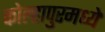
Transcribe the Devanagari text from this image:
कोल्हापुरमध्ये